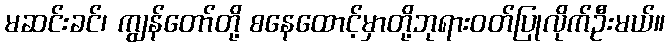
မဆင်းခင်၊ ကျွန်တော်တို့ စနေထောင့်မှာတို့ဘုရားဝတ်ပြုလိုက်ဦးမယ်။